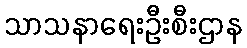
သာသနာရေးဦးစီးဌာန